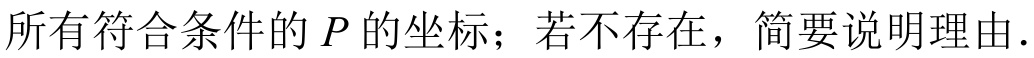
所有符合条件的 \(P\) 的坐标；若不存在，简要说明理由.